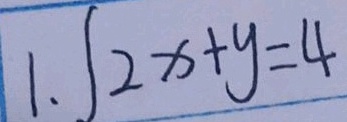
1 . \int 2 x + y = 4